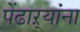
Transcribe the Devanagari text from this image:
पेंढाऱ्यांना